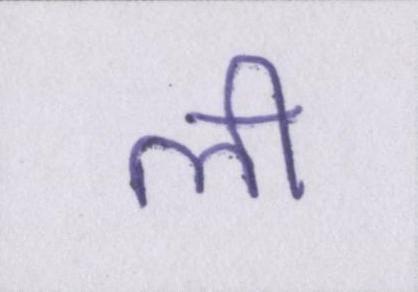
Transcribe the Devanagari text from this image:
ली